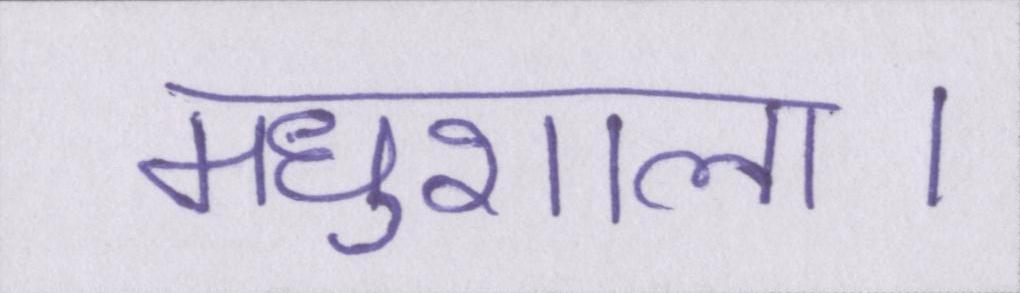
मधुशाला।